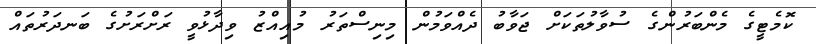
ކޮމެޓީގެ މެންބަރުންގެ ސުވާލުތަކަށް ޖަވާބު ދެއްވަމުން މިނިސްތަރު މުއިއްޒު ވިދާޅުވީ ރަށްރަށުގެ ބަނދަރުތައް